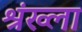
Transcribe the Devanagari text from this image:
श्रंख्ला